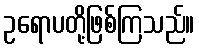
ဥရောပတို့ဖြစ်ကြသည်။